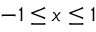
- 1 \leq x \leq 1